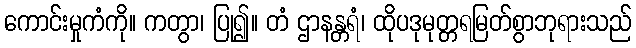
ကောင်းမှုကံကို။ ကတွာ၊ ပြု၍။ တံ ဌာနန္တရံ၊ ထိုပဒုမုတ္တရမြတ်စွာဘုရားသည်